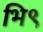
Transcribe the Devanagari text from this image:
भि९